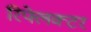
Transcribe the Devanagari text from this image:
रिफ्लेक्‍टर